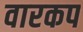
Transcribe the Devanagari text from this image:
वारकप